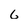
Character: 6